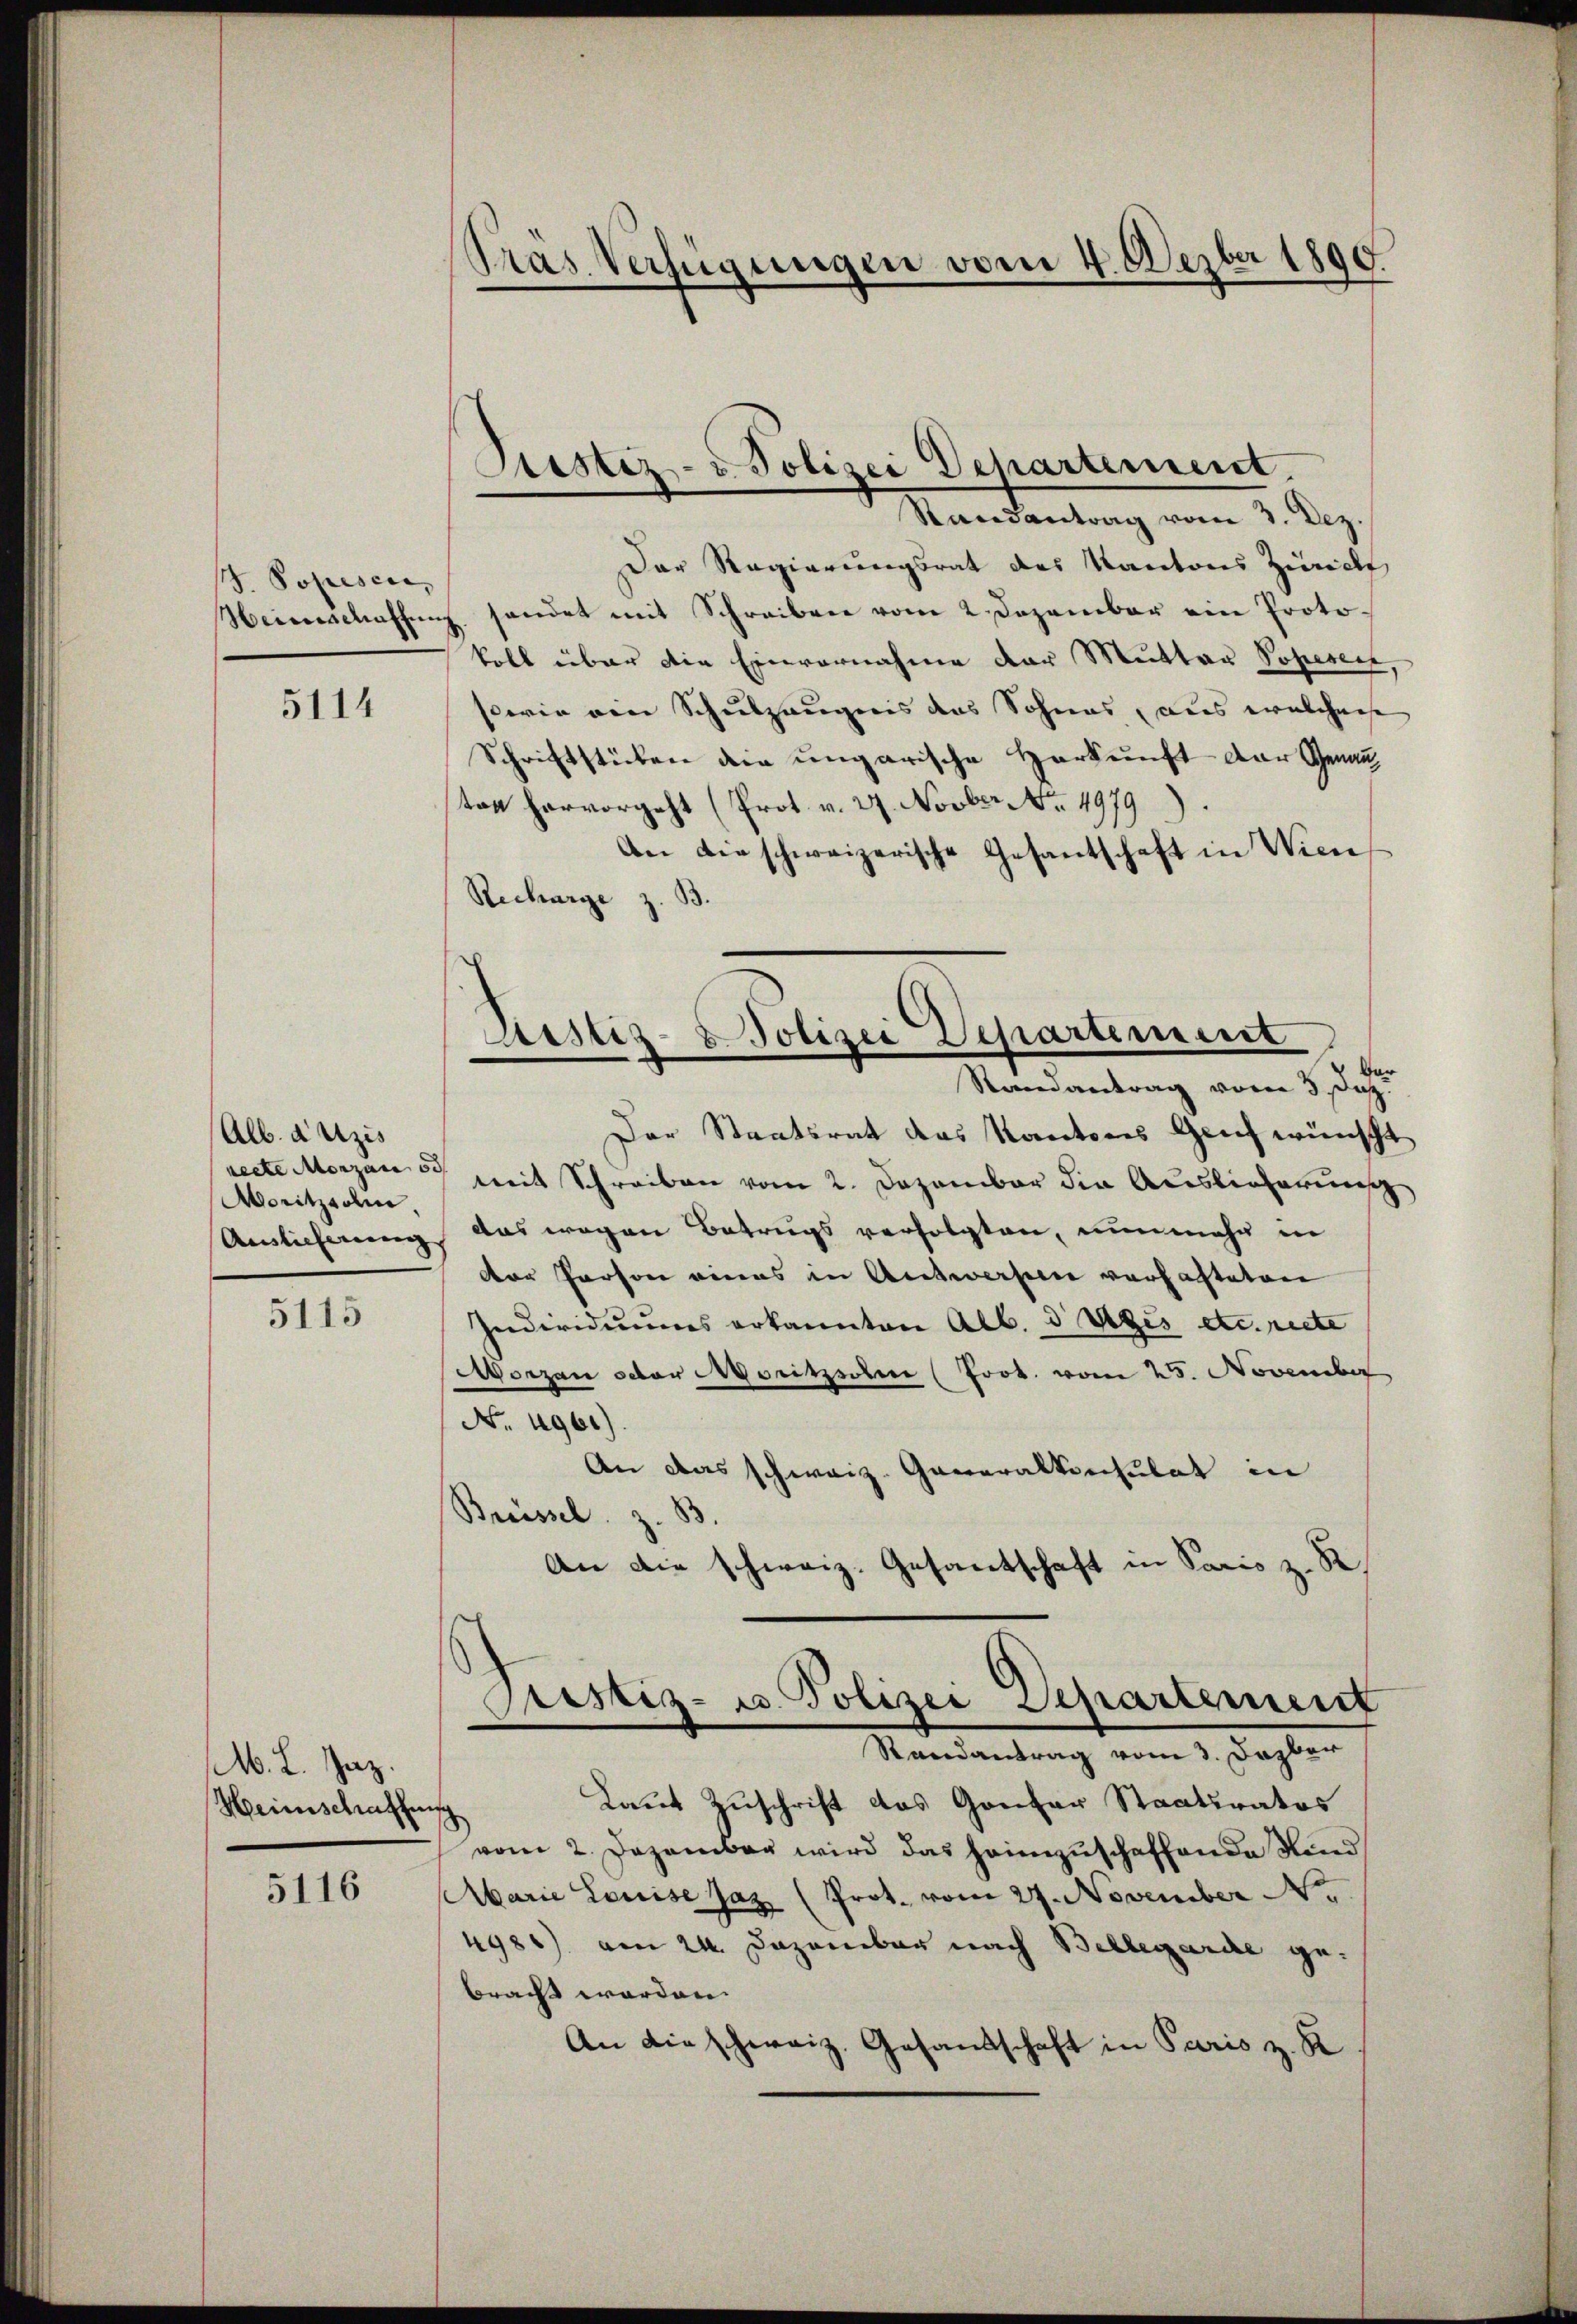
/7. Popesca,

5114

Alb. anzis
recte Morzan 50
Moritzzolie,
Auslieferung

5115

M. L. Jaz.
Meeinschaffung

5116

Kas Verfügungen vom 4. Dezbr 1890.

Der Regierungsrat des Kantons Zürich
Heimschaffung handet mit Schreiben vom 2. Dezember ein Protokoll über die Einvernahme der Mutter Popesen
sowie ein Schulzeugnis das Sohnes, dies welchense
Schriftstücken die ungarische Herkunft der Genau,
tag hervorgeht (Prot. v. 27. Novber No. 4979
An die schweizerische Gesantschaft in Wiene
Recharge z. B.
Vor
Der Staatsrat das Kantons Geich wünscht
weit Schreiben vom 2. Dezember die Auslieferung
Das wegen Betrugs verfolgten, nunmehr in
der Person eines in Antworfen verfasteten
Individuums erkannten Alb. 3 Votis etc. recte
Worzen octor Moritzsolen (Joob. vom 25. November
No. 4961).
An das schweiz. Generalkonsulat in
Breissel. z. B.
An die schweiz. Gesantschaft in Paris z. S.
Justiz- u. Polizei Departement
Randantrag vom 3. Dezber
Laut Zuschrift das Gantar Staatsratos
vom 2. Dezember wird das heimzuschaffende Kind
barie Louise Jaz (Prot. vom 27. November No.
4986) am 24. Dezember nach Bellegarde gebracht worden.
An die schweiz. Gesandschaft in Paris z. K

Justiz- & Polizei Departement.
Randantrag vom 3. Dez.

Astiz- & Polizei Departement
Randantrag vom 3. Dez.